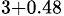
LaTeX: _{3+0.48}